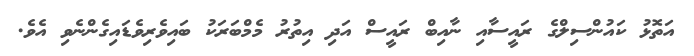
އަތޮޅު ކައުންސިލްގެ ރައީސާއި ނާއިބް ރައީސް އަދި އިތުރު މެމްބަރަކު ބައިވެރިވެޑައިގެންނެވި އެވެ.